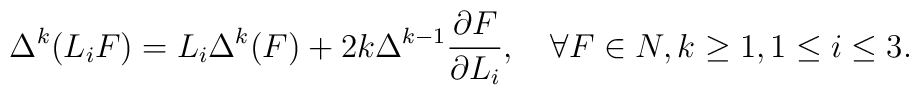
\Delta^k (L_i F) = L_i \Delta^k (F) + 2k \Delta^{k-1}{\partial  F\over\partial L_i},\quad \forall F\in N, k\geq 1, 1\leq i\leq 3.